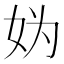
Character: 妫